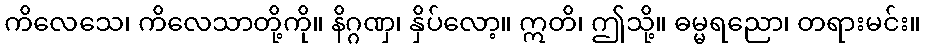
ကိလေသေ၊ ကိလေသာတို့ကို။ နိဂ္ဂဏှ၊ နှိပ်လော့။ ဣတိ၊ ဤသို့။ ဓမ္မရညော၊ တရားမင်း။